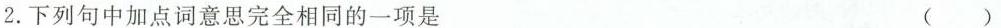
2.下列句中加点词意思完全相同的一项是 ()